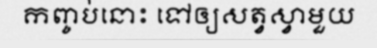
កញ្ចប់នោះ ទៅឲ្យសត្វស្វាមួយ